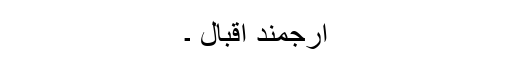
ارجمند اقبال ۔